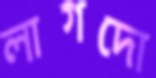
লাগদো